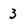
Character: 3